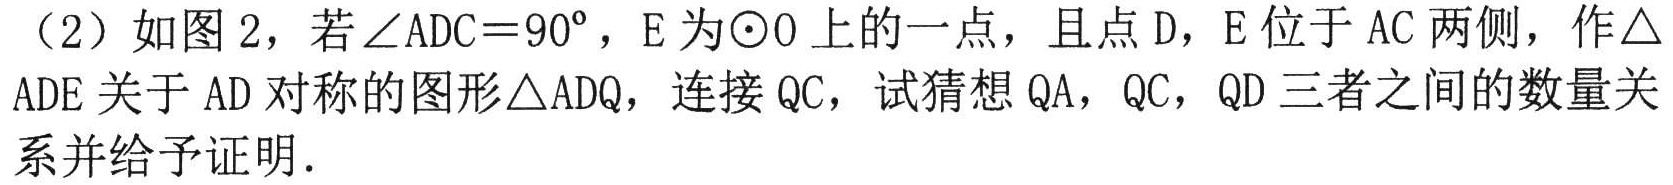
（2）如图 2，若\(\angle ADC = 90^{\circ}\)，E 为\(\odot O\)上的一点，且点 D，E 位于 AC 两侧，作\(\triangle\)ADE 关于 AD 对称的图形\(\triangle ADQ\)，连接 QC，试猜想 QA，QC，QD 三者之间的数量关系并给予证明.